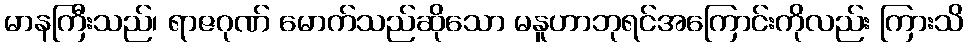
မာနကြီးသည်၊ ရာဇဂုဏ် မောက်သည်ဆိုသော မနူဟာဘုရင်အကြောင်းကိုလည်း ကြားသိ